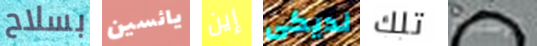
بسلاح يائسين إين لديكى تلك الإسبوع